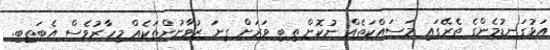
އަޅުގަނޑުމެންގެ ތެރޭގައި މަސައްކަތެއް ނުކޮށް ތިބި ވަރަށް ގިނަ ޒުވާނުންތަކެއް މިހާރުވެސް އެބަތިބި.